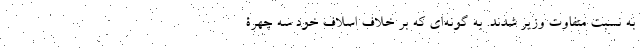
به نسبت متفاوت وزیر شدند. به گونه‌ای که بر خلاف اسلاف خود سه چهرۀ